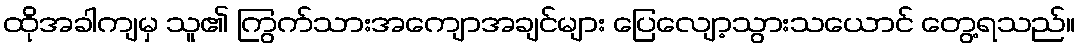
ထိုအခါကျမှ သူ၏ ကြွက်သားအကျောအချင်များ ပြေလျော့သွားသယောင် တွေ့ရသည်။